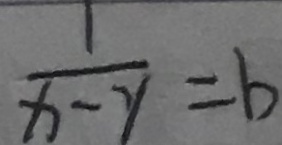
\frac { 1 } { x - y } = b